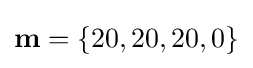
\mathbf {m} =\{20,20,20,0\}